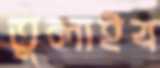
তুলাইব